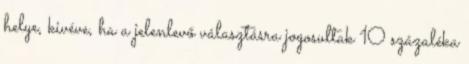
helye, kivéve, ha a jelenlevő választásra jogosultak 10 százaléka